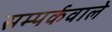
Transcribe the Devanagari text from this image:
सम्पर्कवाले